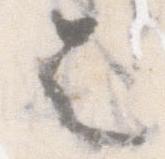
令